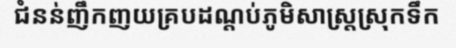
ជំនន់ញឹកញយគ្របដណ្តប់ភូមិសាស្ត្រស្រុកទឹក